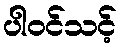
ပါဝင်သင့်